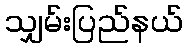
သျှမ်းပြည်နယ်